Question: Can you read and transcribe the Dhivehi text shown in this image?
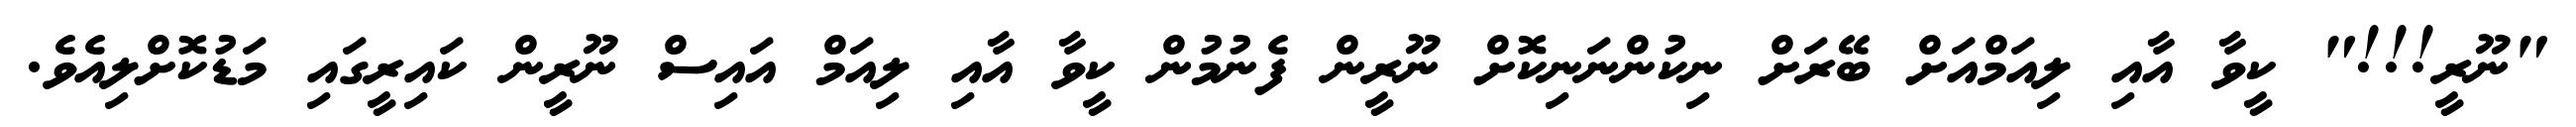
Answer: "ނޫރީ!!!" ކީވާ އާއި ލިއަމްއަށް ބޭރަށް ނިކުންނަނިކޮށް ނޫރީން ފެނުމުން ކީވާ އާއި ލިއަމް އައިސް ނޫރީން ކައިރީގައި މަޑުކޮށްލިއެވެ.